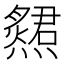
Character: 𤑩